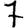
Digit: 7